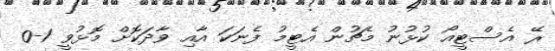
ރޭ އެސްޓީއޯ ކުޅުނު މެޗުން އެޓީމު ފެނަކަ އާއި ވާދަކޮށް މޮޅުވީ 1-0